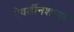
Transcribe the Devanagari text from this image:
ऐवर्डीनशायर